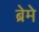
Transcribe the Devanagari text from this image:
ब्रेमे